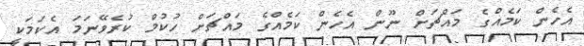
އެހެން ކަމެއްގެ މައްޗަށް ނޫން އެހެން ކަމެއްގެ މައްޗަށް ހުކުމް ކުރެވޭނަމަ އެކަމަކީ